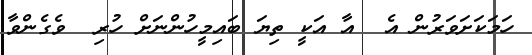
ހަމަކަށަވަރުން އެ  އާ އަކީ ތިޔަ ބައިމީހުންނަށް ހުރި  ވެގެންވާ